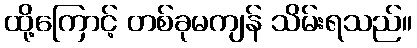
ထို့ကြောင့် တစ်ခုမကျန် သိမ်းရသည်။